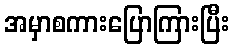
အမှာစကားပြောကြားပြီး